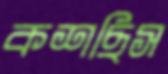
কশছিস